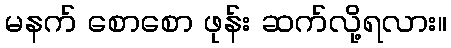
မနက် စောစော ဖုန်း ဆက်လို့ရလား။